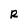
Character: R